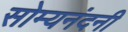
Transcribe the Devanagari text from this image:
सोम्यनंदनी